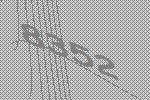
8352